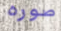
صوره